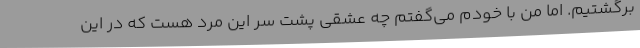
برگشتیم. اما من با خودم می‌گفتم چه عشقی پشت سر این مرد هست که در این